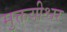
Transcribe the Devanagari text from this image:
मुक्तयीश्वर